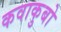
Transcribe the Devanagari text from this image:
कवाकुबो